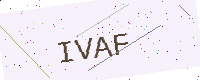
Text: IVAF